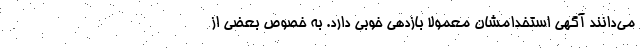
می‌دانند آگهی استخدامشان معمولا بازدهی خوبی دارد. به خصوص بعضی از